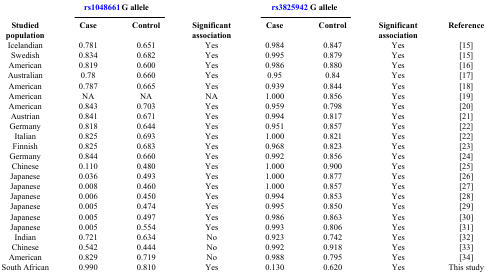
<table><thead><tr><td><b> </b></td><td colspan="2"><b>rs1048661  G allele</b></td><td><b> </b></td><td colspan="2"><b>rs3825942  G allele</b></td><td><b> </b></td><td><b> </b></td></tr><tr><td><b>Studied population</b></td><td><b>Case</b></td><td><b>Control</b></td><td><b>Significant association</b></td><td><b>Case</b></td><td><b>Control</b></td><td><b>Significant association</b></td><td><b>Reference</b></td></tr></thead><tbody><tr><td>Icelandian</td><td>0.781</td><td>0.651</td><td>Yes</td><td>0.984</td><td>0.847</td><td>Yes</td><td>[15]</td></tr><tr><td>Swedish</td><td>0.834</td><td>0.682</td><td>Yes</td><td>0.995</td><td>0.879</td><td>Yes</td><td>[15]</td></tr><tr><td>American</td><td>0.819</td><td>0.600</td><td>Yes</td><td>0.986</td><td>0.880</td><td>Yes</td><td>[16]</td></tr><tr><td>Australian</td><td>0.78</td><td>0.660</td><td>Yes</td><td>0.95</td><td>0.84</td><td>Yes</td><td>[17]</td></tr><tr><td>American</td><td>0.787</td><td>0.665</td><td>Yes</td><td>0.939</td><td>0.844</td><td>Yes</td><td>[18]</td></tr><tr><td>American</td><td>NA</td><td>NA</td><td>NA</td><td>1.000</td><td>0.856</td><td>Yes</td><td>[19]</td></tr><tr><td>American</td><td>0.843</td><td>0.703</td><td>Yes</td><td>0.959</td><td>0.798</td><td>Yes</td><td>[20]</td></tr><tr><td>Austrian</td><td>0.841</td><td>0.671</td><td>Yes</td><td>0.994</td><td>0.817</td><td>Yes</td><td>[21]</td></tr><tr><td>Germany</td><td>0.818</td><td>0.644</td><td>Yes</td><td>0.951</td><td>0.857</td><td>Yes</td><td>[22]</td></tr><tr><td>Italian</td><td>0.825</td><td>0.693</td><td>Yes</td><td>1.000</td><td>0.821</td><td>Yes</td><td>[22]</td></tr><tr><td>Finnish</td><td>0.825</td><td>0.683</td><td>Yes</td><td>0.968</td><td>0.823</td><td>Yes</td><td>[23]</td></tr><tr><td>Germany</td><td>0.844</td><td>0.660</td><td>Yes</td><td>0.992</td><td>0.856</td><td>Yes</td><td>[24]</td></tr><tr><td>Chinese</td><td>0.110</td><td>0.480</td><td>Yes</td><td>1.000</td><td>0.900</td><td>Yes</td><td>[25]</td></tr><tr><td>Japanese</td><td>0.036</td><td>0.493</td><td>Yes</td><td>1.000</td><td>0.877</td><td>Yes</td><td>[26]</td></tr><tr><td>Japanese</td><td>0.008</td><td>0.460</td><td>Yes</td><td>1.000</td><td>0.857</td><td>Yes</td><td>[27]</td></tr><tr><td>Japanese</td><td>0.006</td><td>0.450</td><td>Yes</td><td>0.994</td><td>0.853</td><td>Yes</td><td>[28]</td></tr><tr><td>Japanese</td><td>0.005</td><td>0.474</td><td>Yes</td><td>0.995</td><td>0.850</td><td>Yes</td><td>[29]</td></tr><tr><td>Japanese</td><td>0.005</td><td>0.497</td><td>Yes</td><td>0.986</td><td>0.863</td><td>Yes</td><td>[30]</td></tr><tr><td>Japanese</td><td>0.005</td><td>0.554</td><td>Yes</td><td>0.993</td><td>0.806</td><td>Yes</td><td>[31]</td></tr><tr><td>Indian</td><td>0.721</td><td>0.634</td><td>No</td><td>0.923</td><td>0.742</td><td>Yes</td><td>[32]</td></tr><tr><td>Chinese</td><td>0.542</td><td>0.444</td><td>No</td><td>0.992</td><td>0.918</td><td>Yes</td><td>[33]</td></tr><tr><td>American</td><td>0.829</td><td>0.719</td><td>No</td><td>0.988</td><td>0.795</td><td>Yes</td><td>[34]</td></tr><tr><td>South African</td><td>0.990</td><td>0.810</td><td>Yes</td><td>0.130</td><td>0.620</td><td>Yes</td><td>This study</td></tr></tbody></table>